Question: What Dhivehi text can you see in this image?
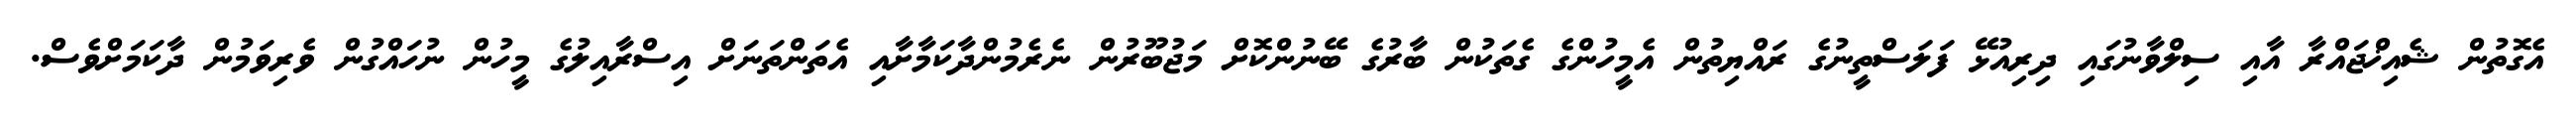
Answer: އެގޮތުން ޝެއިޚްޖައްރާ އާއި ސިލްވާނުގައި ދިރިއުޅޭ ފަލަސްތީނުގެ ރައްޔިތުން އެމީހުންގެ ގެތަކުން ބާރުގެ ބޭނުންކޮށް މަޖުބޫރުން ނެރެމުންދާކަމާށާއި އެތަންތަނަށް އިސްރާއިލުގެ މީހުން ނުހައްގުން ވެރިވަމުން ދާކަމަށްވެސް.